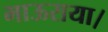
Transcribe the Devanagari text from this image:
भाऊराया।